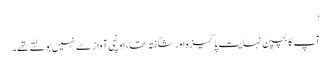
‘
آپ کا بچپن نہایت پاکیزہ اور شگفتہ تھا، اونچی آواز سے نہیں بولتے تھے۔